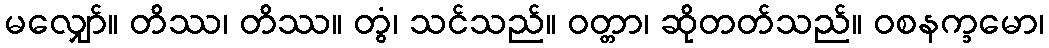
မလျှော်။ တိဿ၊ တိဿ။ တွံ၊ သင်သည်။ ဝတ္တာ၊ ဆိုတတ်သည်။ ဝစနက္ခမော၊